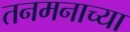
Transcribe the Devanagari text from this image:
तनमनाच्या